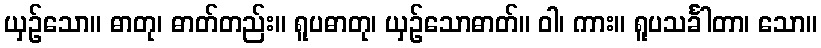
ယှဉ်သော။ ဓာတု၊ ဓာတ်တည်း။ ရူပဓာတု၊ ယှဉ်သောဓာတ်။ ဝါ၊ ကား။ ရူပသင်္ခါတာ၊ သော။